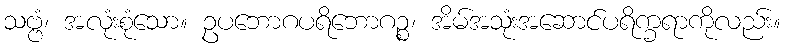
သဗ္ဗံ၊ အလုံးစုံသော။ ဥပဘောဂပရိဘောဂဉ္စ၊ အိမ်အသုံးအဆောင်ပရိက္ခရာကိုလည်း။